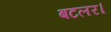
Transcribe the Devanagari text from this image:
बटलर।